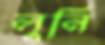
লুনি